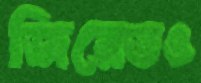
জিরেতও